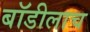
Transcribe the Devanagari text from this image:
बॉडीलाच